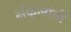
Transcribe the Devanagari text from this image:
संकुलांची